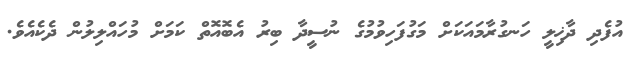
އުފެދި ދާޚިލީ ހަނގުރާމައަކަށް މަގުފަހިވުމުގެ ނުސީދާ ބިރު އެބޮއޮތް ކަމަށް މުހައްލިލުން ދެކެއެވެ.